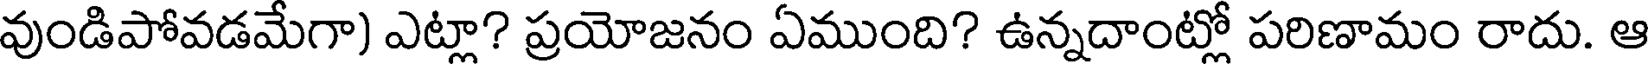
వుండిపోవడమేగా) ఎట్లా? ప్రయోజనం ఏముంది? ఉన్నదాంట్లో పరిణామం రాదు. ఆ